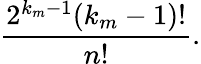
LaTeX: \frac{2^{k_{m}-1}(k_{m}-1)!}{n!}.